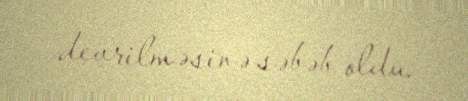
devrilməsinə səbəb oldu.